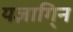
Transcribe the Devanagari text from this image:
यज्ञागि्न